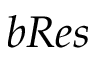
b R e s